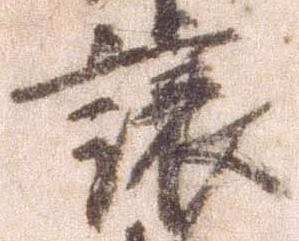
譲